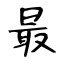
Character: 最